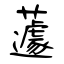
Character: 蘧